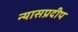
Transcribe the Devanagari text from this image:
न्यासप्रदीप